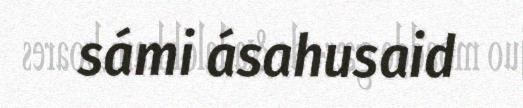
sámi ásahusaid